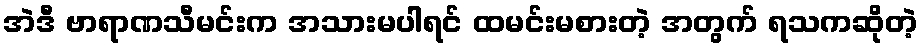
အဲဒီ ဗာရာဏသီမင်းက အသားမပါရင် ထမင်းမစားတဲ့ အတွက် ရသကဆိုတဲ့